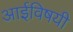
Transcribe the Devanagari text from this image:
आईविषयी